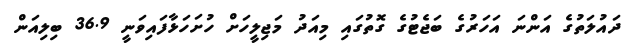
ދައުލަތުގެ އަންނަ އަހަރުގެ ބަޖެޓުގެ ގޮތުގައި މިއަދު މަޖިލީހަށް ހުށަހަޅާފައިވަނީ 36.9 ބިލިއަން